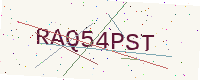
Text: RAQ54PST